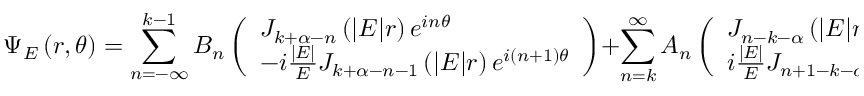
\Psi _ { E } \left( r , \theta \right) = \sum _ { n = - \infty } ^ { k - 1 } B _ { n } \left( \begin{array} { l } { { J _ { k + \alpha - n } \left( | E | r \right) e ^ { i n \theta } } } \\ { { - i \frac { | E | } { E } J _ { k + \alpha - n - 1 } \left( | E | r \right) e ^ { i \left( n + 1 \right) \theta } } } \end{array} \right) + \sum _ { n = k } ^ { \infty } A _ { n } \left( \begin{array} { l } { { J _ { n - k - \alpha } \left( | E | r \right) e ^ { i n \theta } } } \\ { { i \frac { | E | } { E } J _ { n + 1 - k - \alpha } \left( | E | r \right) e ^ { i \left( n + 1 \right) \theta } } } \end{array} \right)